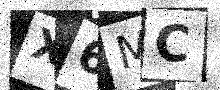
Text: X6MC